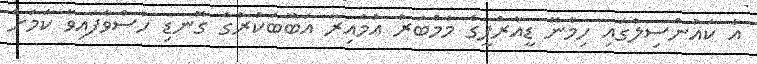
އެ ކައުންސިލްގައި ހިމެނޭ ޑީއާރްޕީގެ މެމްބަރު އުމެއިރާ އަބޫބަކުރުގެ ގޮނޑި ހުސްވެފައިވާ ކަމަށް